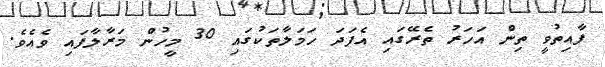
ފާއިތުވީ ތިން އަހަރު ތެރޭގައި އެފަދަ ހަމަލާތަކުގައި 30 މީހުން މަރާލާފައި ވެއެވެ.